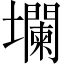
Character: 𱘘